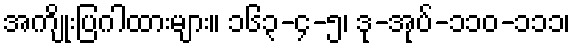
အကျိုးပြဂါထားများ။ ၁၆၃-၄-၅၊ ဒု-အုပ်-၁၁၀-၁၁၁၊